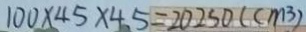
1 0 0 \times 4 5 \times 4 5 = 2 0 2 5 0 ( c m ^ { 3 } )